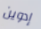
إدوين